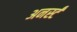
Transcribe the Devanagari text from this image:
अनर्स्टं